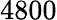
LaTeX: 4800